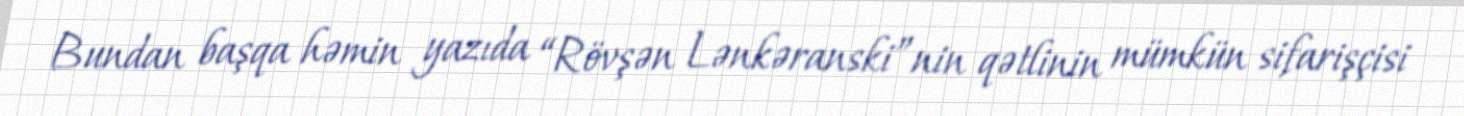
Bundan başqa həmin yazıda “Rövşən Lənkəranski”nin qətlinin mümkün sifarişçisi